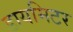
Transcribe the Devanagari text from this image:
डायमिटर